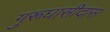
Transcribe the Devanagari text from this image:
गुरूघासीदास